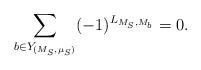
LaTeX: \begin{align*}{}\sum\limits_{b \in Y_{(M_S, \mu_S)}} (-1)^{L_{M_S, M_b}} = 0.\end{align*}